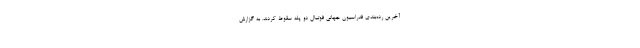
آخرین رده‌بندی فدراسیون جهانی فوتبال دو پله سقوط کردند. به گزارش